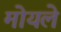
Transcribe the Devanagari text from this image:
मोयले